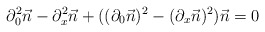
\begin{align*} \partial_{0}^2 \vec{n} - \partial_{x}^2\vec{n}+((\partial_{0}\vec{n})^2 - (\partial_{x}\vec{n})^2 )\vec{n} = 0\end{align*}